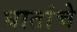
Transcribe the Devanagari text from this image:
घातांचे